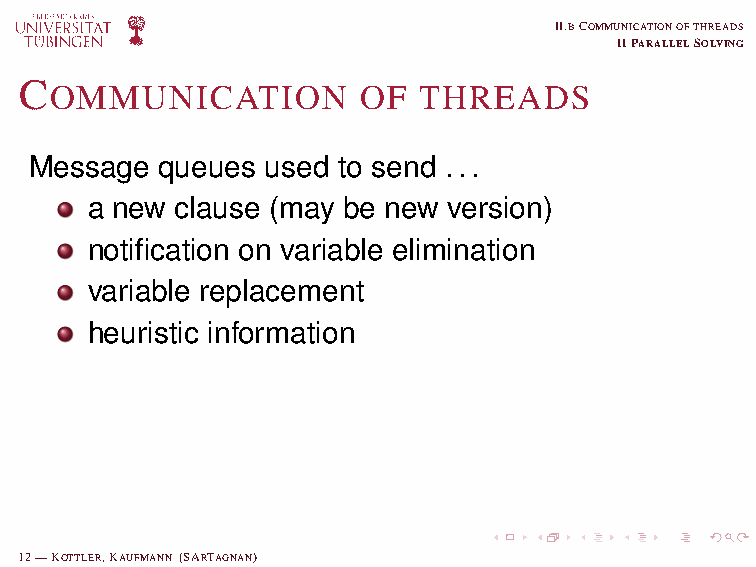
! Messages not only for heuristics
 ! Keep order of messages
 ! No OS locks
 II.BCOMMUNICATIONOFTHREADS
 IIPARALLELSOLVING
 C
 OMMUNICATION         OF  THREADS
 Message  queues used to send ...
 a new clause (may be new version)
 notification on variable elimination
 variable replacement
 heuristic information
 12—KOTTLER,KAUFMANN (SARTAGNAN)